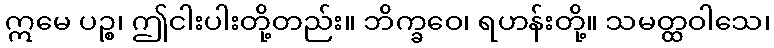
ဣမေ ပဉ္စ၊ ဤငါးပါးတို့တည်း။ ဘိက္ခဝေ၊ ရဟန်းတို့။ သမတ္ထဝါသေ၊